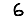
Digit: 6